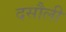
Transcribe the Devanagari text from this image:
दसौली